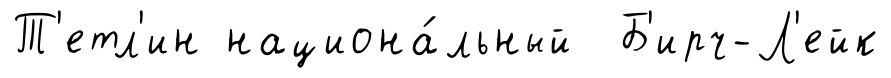
Т'етл'ин национа́льный Б'ирч-Л'ейк